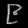
Digit: ၉